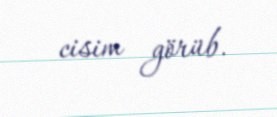
cisim görüb.